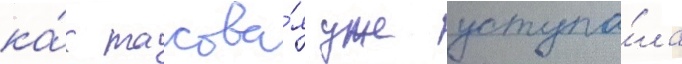
ка́к такова́я уже уступа́ла